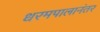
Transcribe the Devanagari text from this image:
धरमपालानंतर